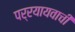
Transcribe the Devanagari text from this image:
पर्रयायवाची